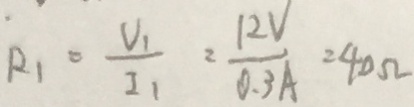
R _ { 1 } = \frac { V _ { 1 } } { I _ { 1 } } = \frac { 1 2 V } { 0 . 3 A } = 4 0 \Omega